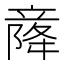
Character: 𫁫